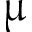
\upmu